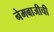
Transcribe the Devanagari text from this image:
नेमबाजीची